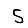
Digit: 5